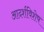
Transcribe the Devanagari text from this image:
आदर्शविशेष